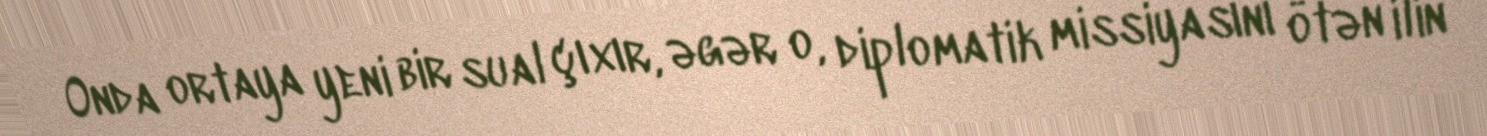
Onda ortaya yeni bir sual çıxır, əgər o, diplomatik missiyasını ötən ilin